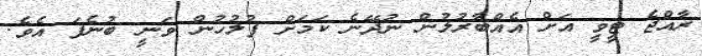
ރާއްޖެ ޓީވީ އަށް އެއްބާރުލުން ނުދޭނެ ކަމަށް ފުލުހުން ވަނީ ބުނެފަ އެވެ.